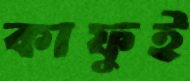
কাফুই